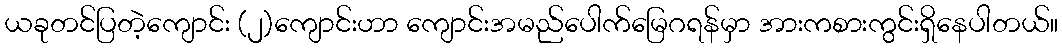
ယခုတင်ပြတဲ့ကျောင်း (၂)ကျောင်းဟာ ကျောင်းအမည်ပေါက်မြေဂရန်မှာ အားကစားကွင်းရှိနေပါတယ်။